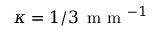
\kappa = 1 / 3 \, \mathrm { ~ m ~ m ~ } ^ { - 1 }